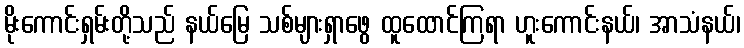
မိုးကောင်းရှမ်းတို့သည် နယ်မြေ သစ်များရှာဖွေ ထူထောင်ကြရာ ဟူးကောင်းနယ်၊ အာသံနယ်၊